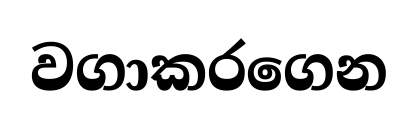
වගාකරගෙන